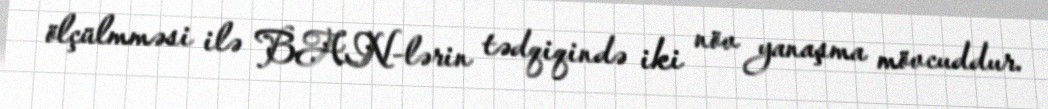
ölçülmməsi ilə BAN-lərin tədqiqində iki növ yanaşma mövcuddur.